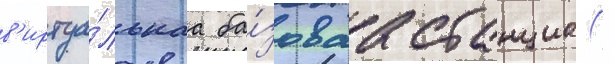
в'иртуа́льнаа ба́зоваа станциа(